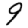
Digit: 9